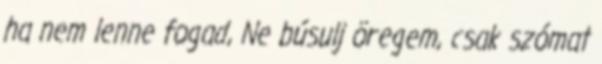
ha nem lenne fogad, Ne búsulj öregem, csak szómat